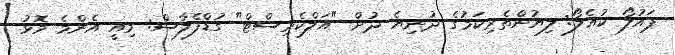
ޕައުލޯ ކުއެލޯ: ލިޔުންތެރިކަމުގެ ދުނިޔެ ދުށް "އަލްކެމިސްޓް" ގުޑްފެލާސް: މިއީ އެންމެ މޮޅު